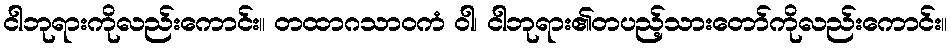
ငါဘုရားကိုလည်းကောင်း။ တထာဂသာဝကံ ဝါ၊ ငါဘုရား၏တပည့်သားတော်ကိုလည်းကောင်း။